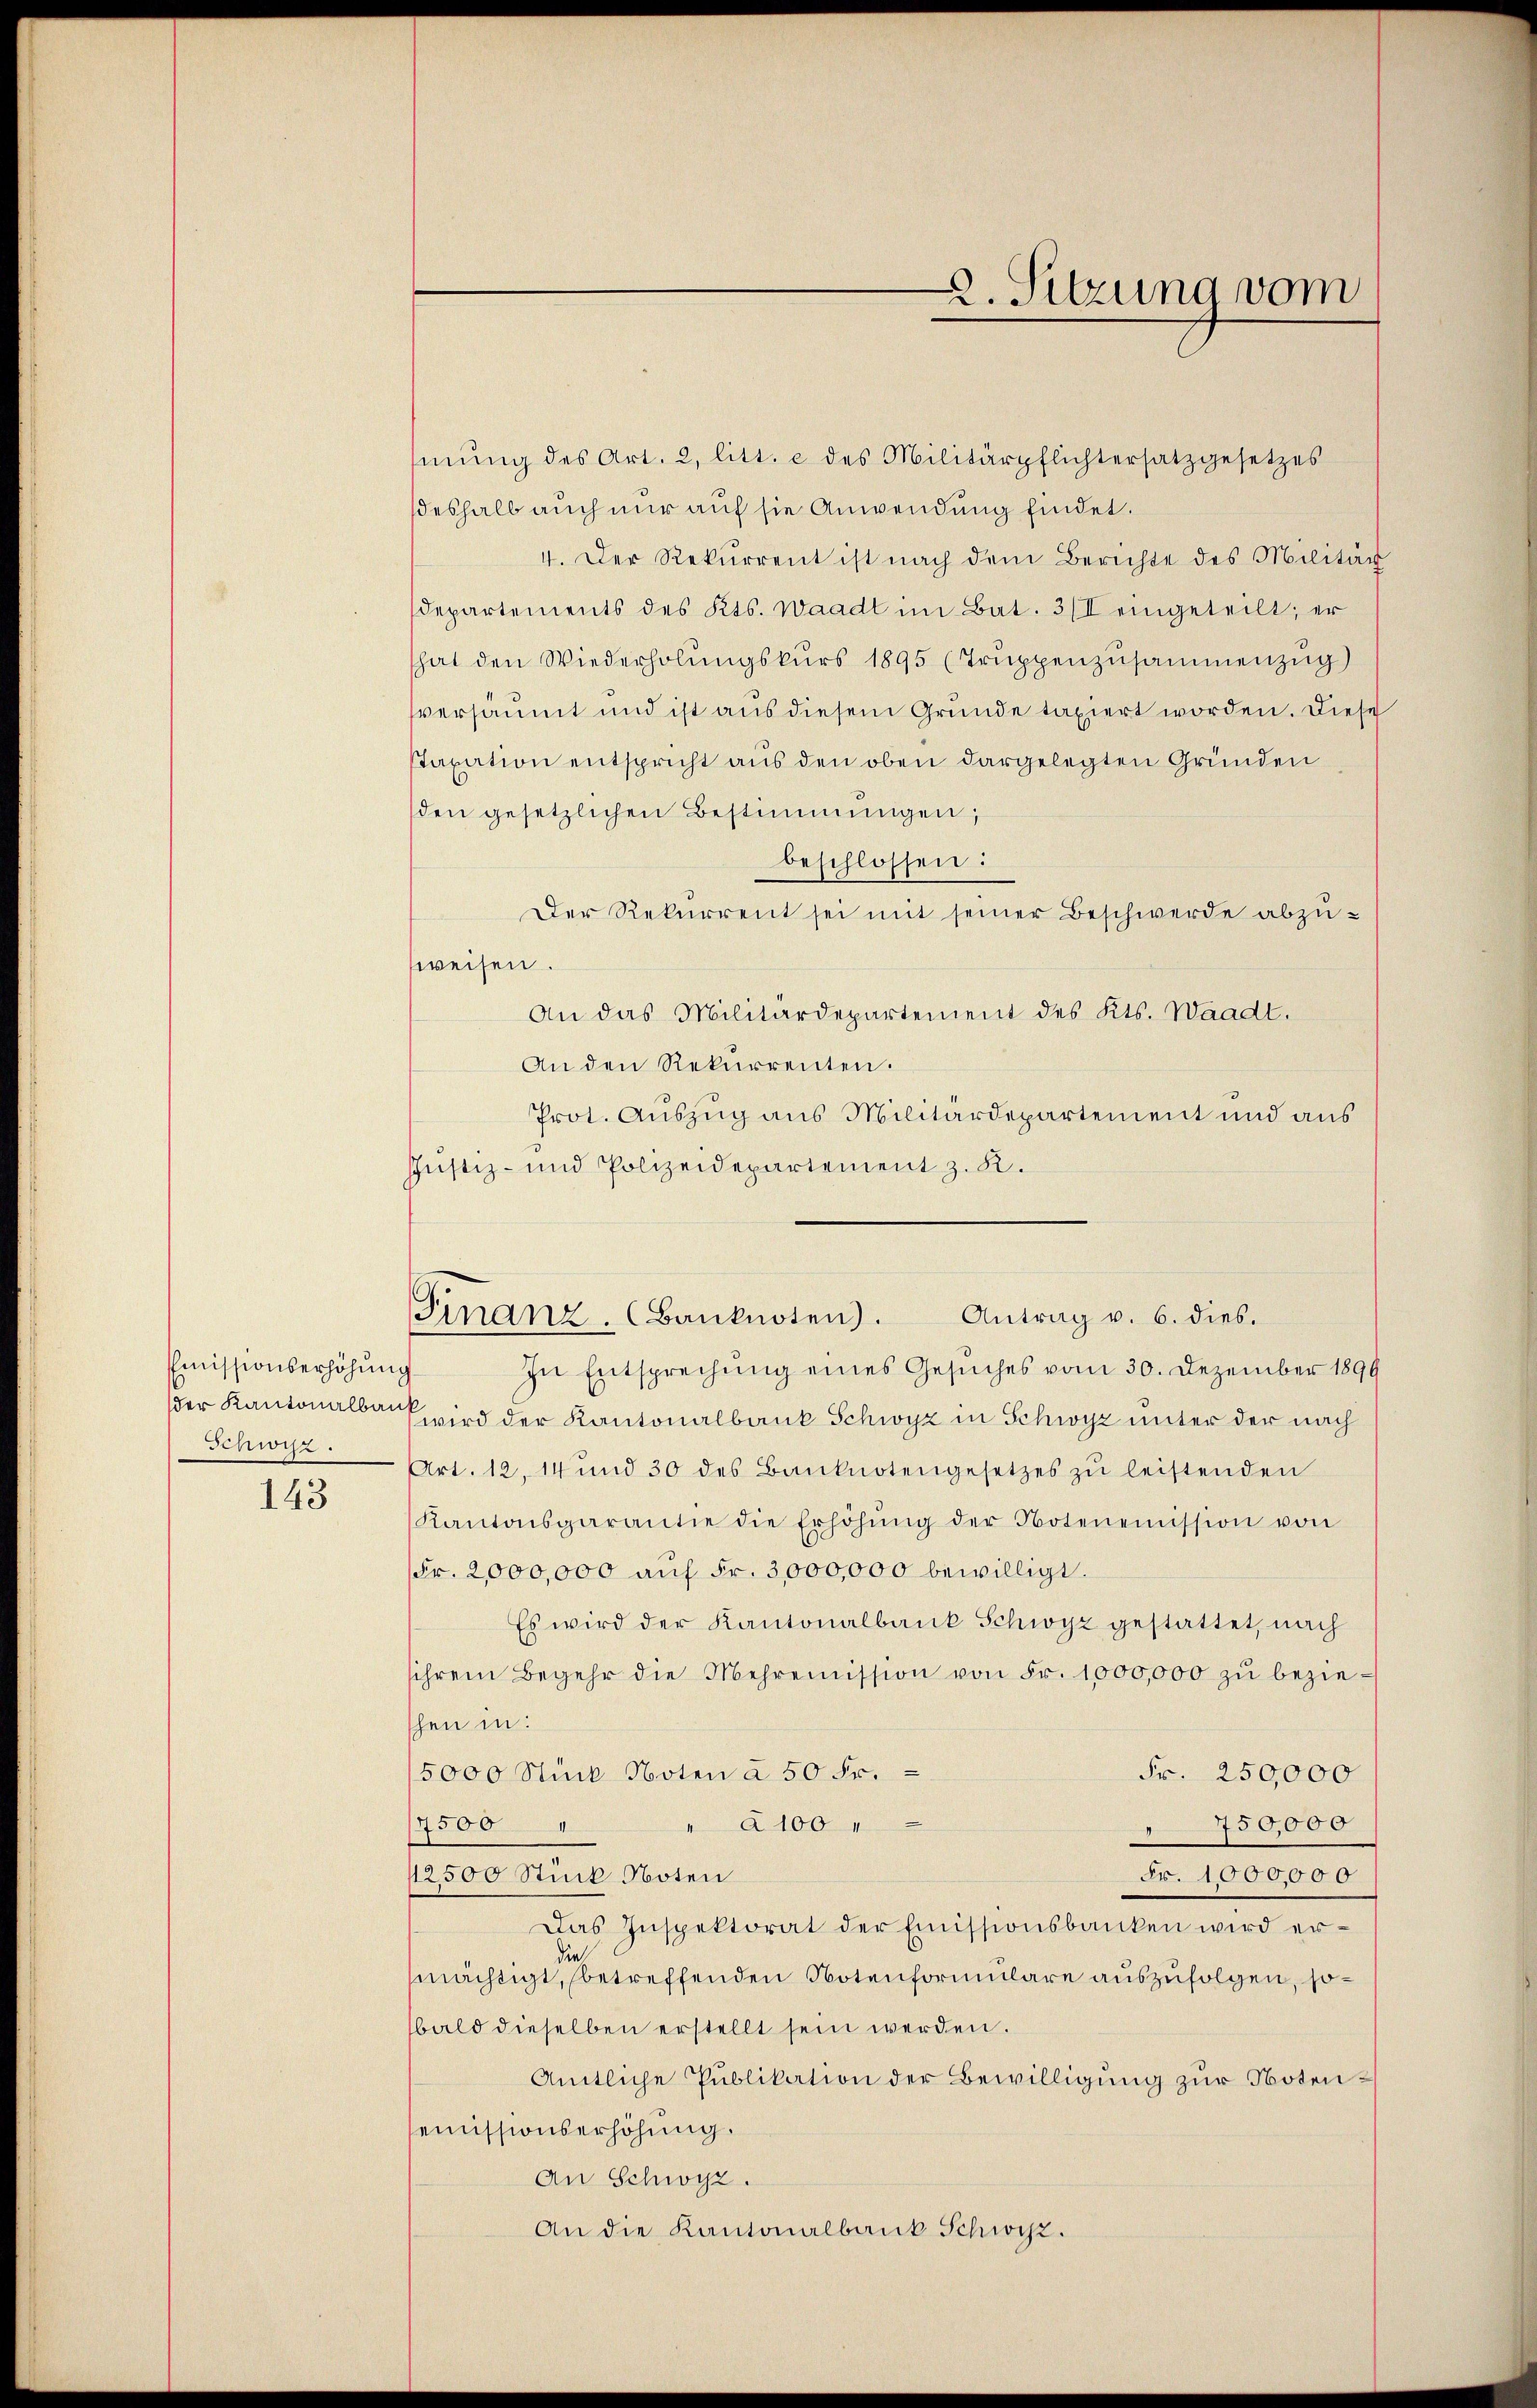
Emissionserhöhung
Schwyz.

143

mŭng des Art. 2, litt. e des Militärpflichtersatz gesetzes
deshalb auch nur auf sie Anwendung findet.
4. Der Rekurrent ist nach dem Berichte des Militär
Departements des Kts. Waadt im Bat. 3/I eingeteilt; er
hat den Wiederholŭngskŭrs 1895 (Trŭppenzusammenzug)
sversäumt und ist aus diesem Grunde taxiert worden. Diese
staxation entspricht aus den oben dargelegten Gründen
den gesetzlichen Bestimmungen,
beschlossen:
Der Rekurrent sei mit seiner Beschwerde abzuweisen.
An das Militärdepartement des Kts. Waadt,
An den Rekurrenten.
Prot. Auszug aus Militärdepartement und aus
Justiz- und Polizeidepartement z. R.
Gianz. (Banknoten). Antrag v. 6. dies.
In Entsprechung eines Gesuches vom 30. Dezember 1899
er Kantonalbank wird der Kantonalbank Schwyz in Schwyz unter der nach
Art. 12, 14 und 30 des Banknotengesetzes zŭ leistenden
Kantonsgarantie die Erhöhŭng der Notenemission von
Fr. 2,000,000 aŭf Fr. 3,000,000 bewilligt.
Es wird der Kantonalbank Schwyz gestattet, nach
sihrem Begehr die Mehrenission von Fr. 1000,000 zŭ bezie-
schen in:
Fr. 250,000
5000 Stück Noten à 50 Fr.
4500
à 100
d
750,000
12500 Stück Noten
Fr. 1000,000
Das Inspektorat der Emissionsbanken wird ersie
mächtigt, (betreffenden Notenformulare auszufolgen, sobald dieselben erstellt sein werden.
Amtliche Publikation der Bewilligung zur Notensemissionserhöhung.
An Schwyz.
An die Kantonalbank Schwyz.

2. Sitzung vom